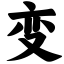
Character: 变